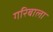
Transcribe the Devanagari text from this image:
गरिबाला